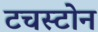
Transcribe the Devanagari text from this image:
टचस्‍टोन